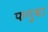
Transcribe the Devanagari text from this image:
फगुवा